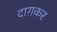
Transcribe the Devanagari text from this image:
दाग़कर